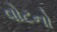
વોટનો